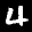
Label: 4